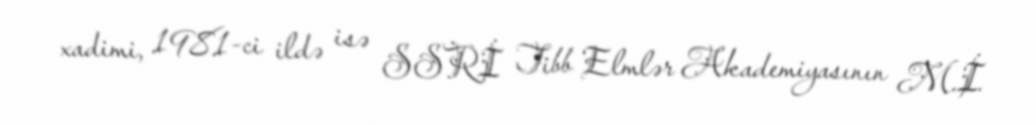
xadimi, 1981-ci ildə isə SSRİ Tibb Elmlər Akademiyasının M.İ.